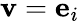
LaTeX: \mathbf{v}=\mathbf{e}_{i}